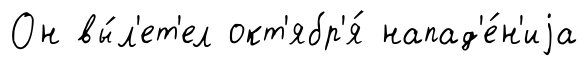
Он вы́л'ет'ел окт'ябр'я́ напад'е́н'иjа